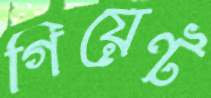
গিয়েন্ট